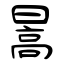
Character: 暠